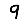
Digit: 9